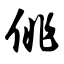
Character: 佻